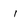
Character: I